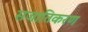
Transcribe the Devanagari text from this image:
सजातिकरण